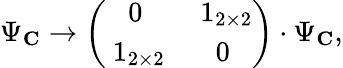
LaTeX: \Psi_{\mathbf C}\rightarrow\left(\begin{array}{cc}{{0}}&{{\mathrm{{\mathbf~1}}_{2\times 2}}}\\ {{\mathrm{{\mathbf~1}}_{2\times 2}}}&{{0}}\end{array}\right)\cdot\Psi_{\mathbf C},